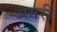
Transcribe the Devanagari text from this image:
अमरी